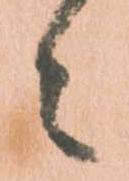
々